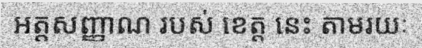
អត្តសញ្ញាណ របស់ ខេត្ត នេះ តាមរយៈ